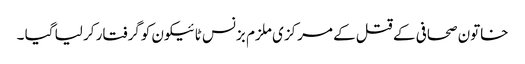
خاتون صحافی کے قتل کے مرکزی ملزم بزنس ٹائیکون کوگرفتار کر لیا گیا ۔